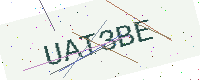
Text: UAT3BE